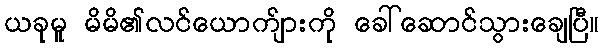
ယခုမူ မိမိ၏လင်ယောက်ျားကို ခေါ်ဆောင်သွားချေပြီ။